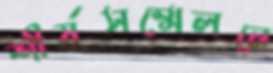
শীর্ষসম্মেলনে